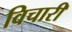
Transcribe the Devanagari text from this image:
विचारीं